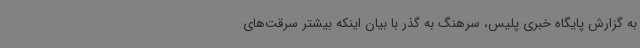
به گزارش پایگاه خبری پلیس، سرهنگ به گذر با بیان اینکه بیشتر سرقت‌های